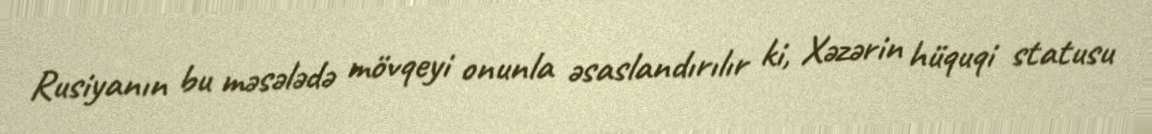
Rusiyanın bu məsələdə mövqeyi onunla əsaslandırılır ki, Xəzərin hüquqi statusu